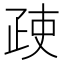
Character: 𱱇